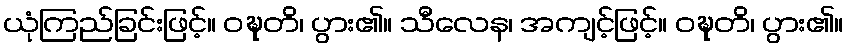
ယုံကြည်ခြင်းဖြင့်။ ဝဍ္ဎတိ၊ ပွား၏။ သီလေန၊ အကျင့်ဖြင့်။ ဝဍ္ဎတိ၊ ပွား၏။